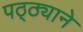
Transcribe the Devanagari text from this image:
पठ्ठ्याने